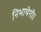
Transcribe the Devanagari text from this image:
निभायेगी।